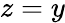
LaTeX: z=y